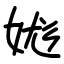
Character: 娏